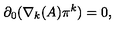
\partial _ { 0 } ( \nabla _ { k } ( A ) \pi ^ { k } ) = 0 ,